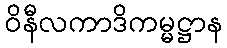
ဝိနီလကာဒိကမ္မဋ္ဌာန